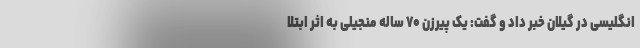
انگلیسی در گیلان خبر داد و گفت: یک پیرزن ۷۰ ساله منجیلی به اثر ابتلا